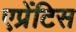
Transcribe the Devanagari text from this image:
एप्रेंटिस